Rasina_vallavalitsus, lk 64
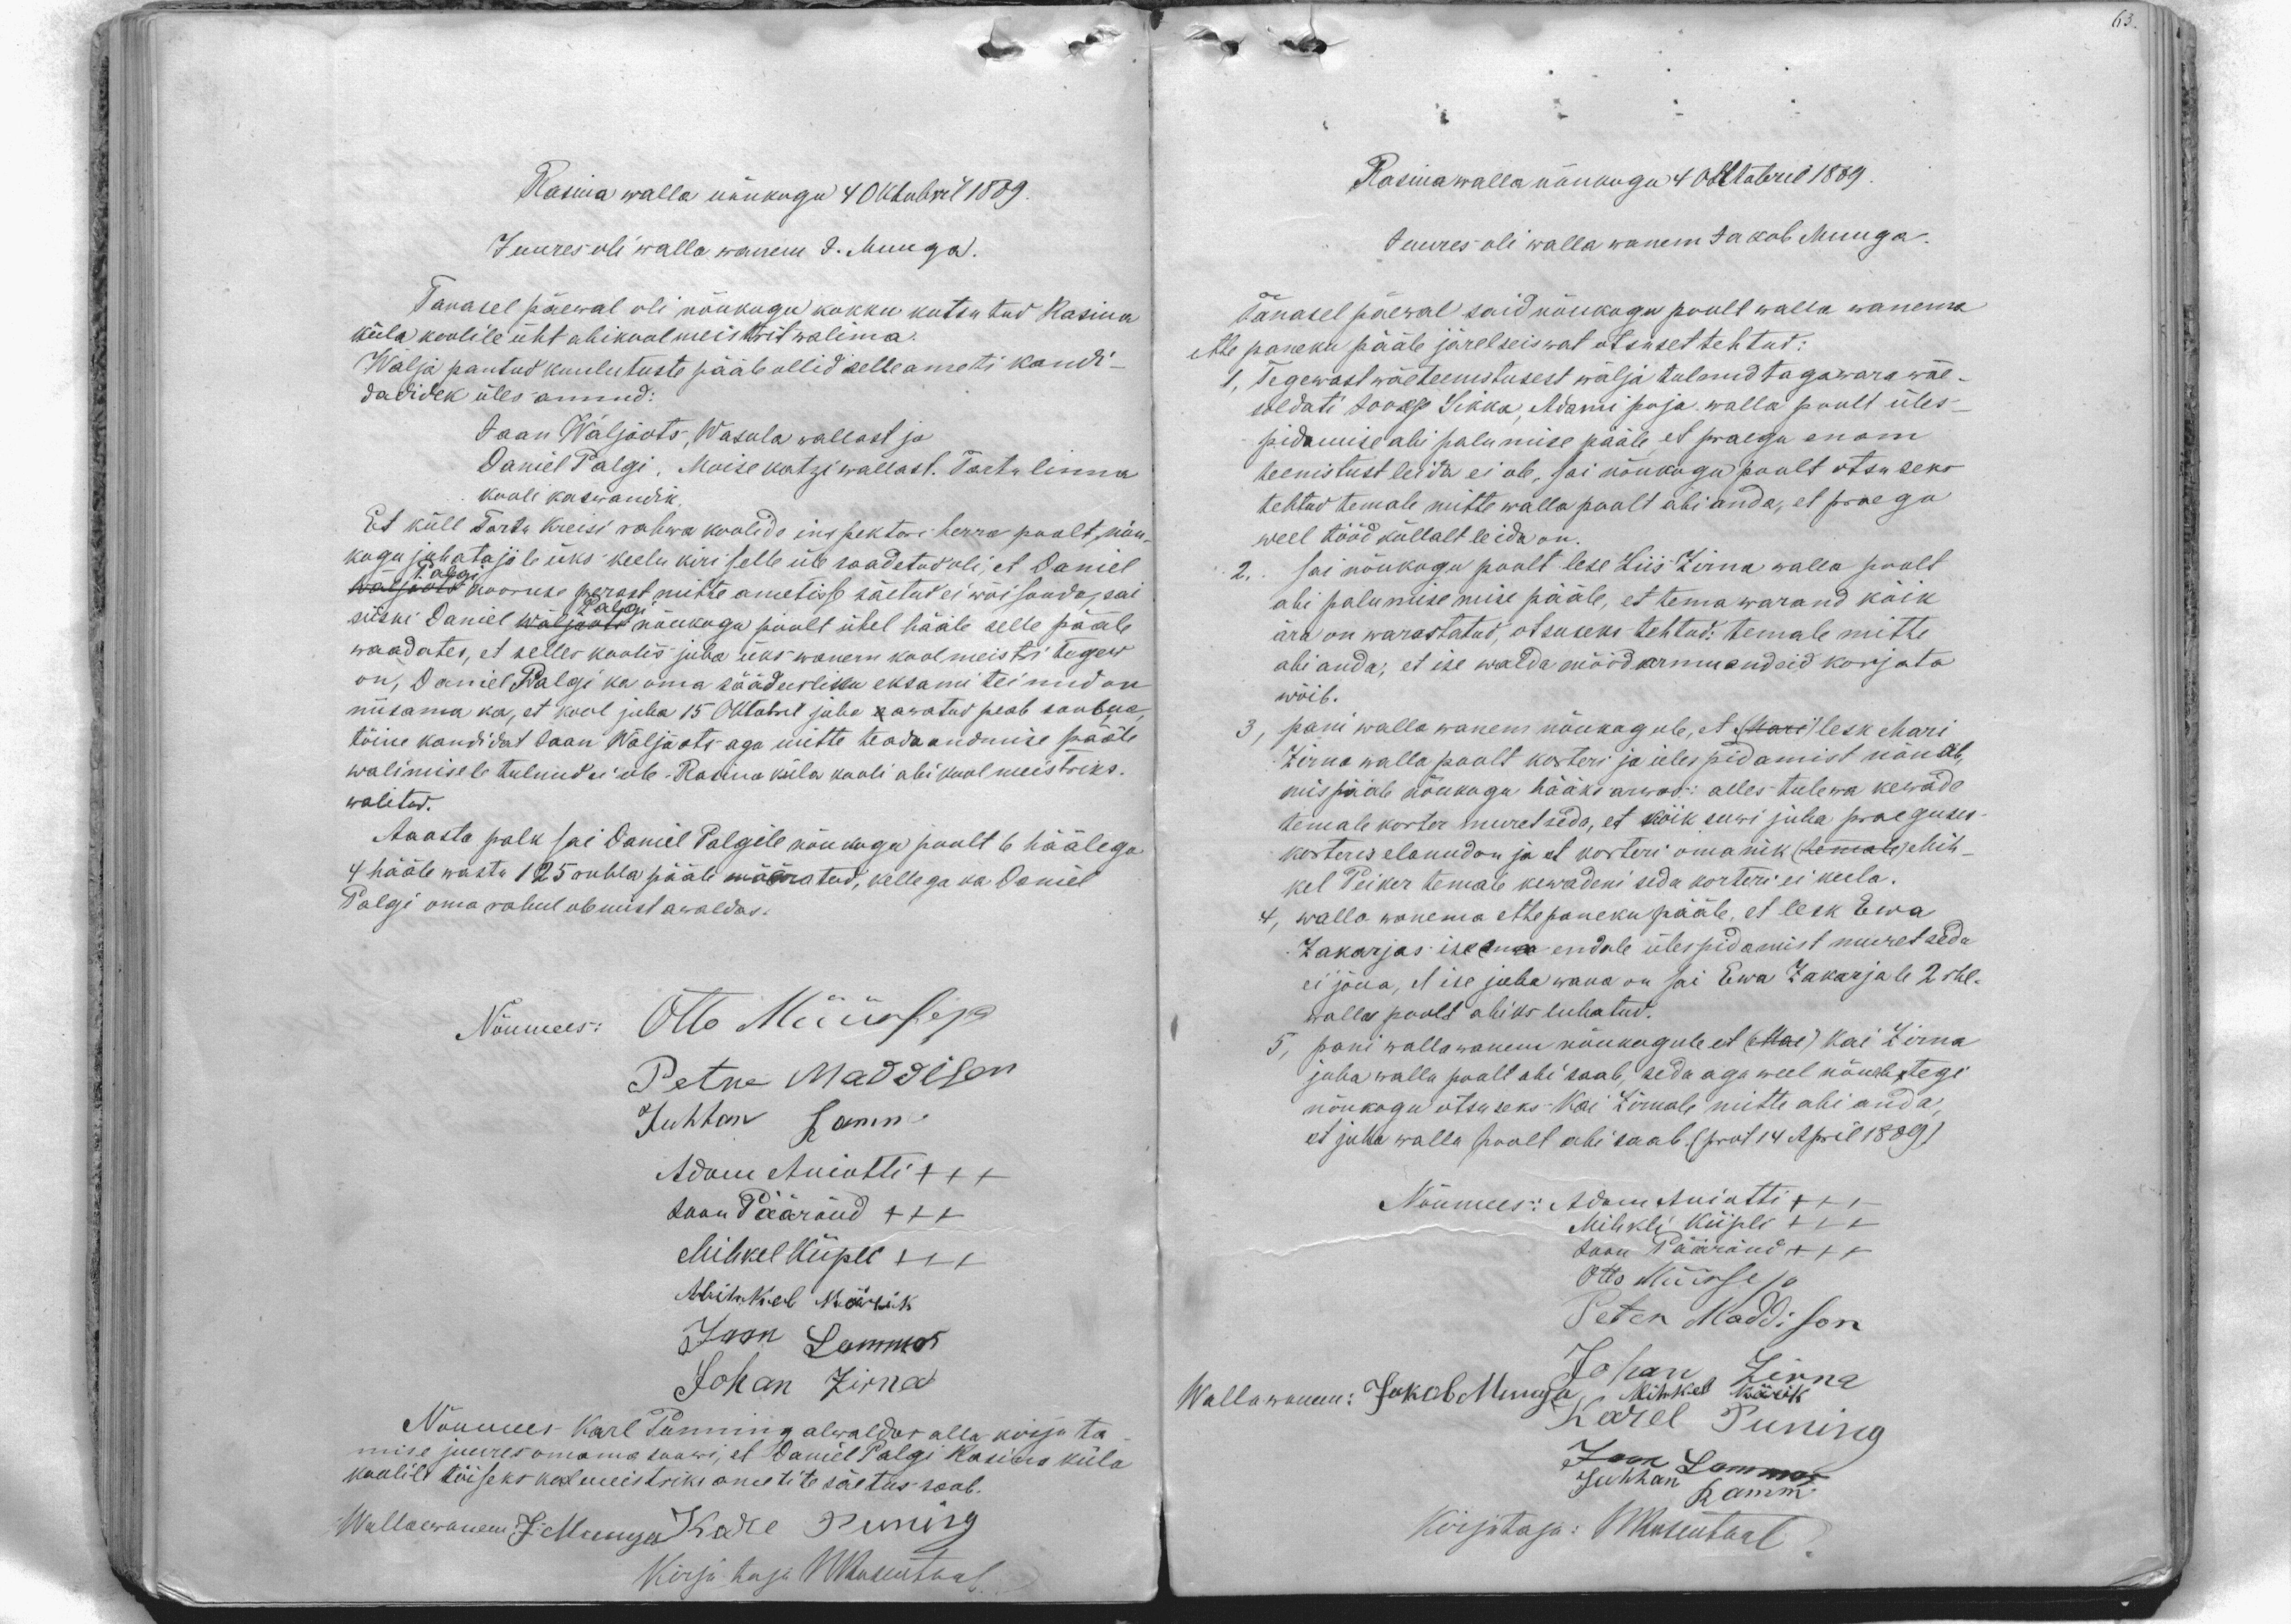
Rasina walla nõukogu 4 Oktobril 1889.
Juures oli walla wanem J. Muuga.
Tanasel päewal oli nõukogu kokku kutsutud Rasina
küla koolile üht abikoolmeistrit walima.
Wälja pantud kuulutuste pääle ollid selle ameti kandi-
dadidek üles annud:
Jaan Wäljaots, Wasula wallast ja
Daniel Palgi. Moisekatzi wallast. Tartu linna
kooli kaswandik.
Et küll Tartu Kreisi rahwa koolide inspektori herra poolt nõu-
kogu juhatajale üks keelu kiri selle üle saadetud oli, et Daniel
Palgi
Wäljaots nooruse perast mitte ametisse wõetud ei wõi saada, sai
Palgi
siiski Daniel Wäljaots nõukuga poolt ühel hääle selle pääle
waadates, et selles koolis juba üks wanem koolmeister tegew
on, Daniel Palgi ka oma säädusliku eksami teinud on
niisama ka, et kool juba 15 Oktobril juba aawatud peab saama
tõine kandidat Jaan Wäljaots aga mitte teadaandmise pääle
walimisele tulnud ei ole. Rasina küla kooli abikoolmeistriks.
walitud.
Aaasta palk sai Daniel Palgile nõukogu poolt 6 häälega
4 hääle wastu 125 rubla pääle määratud, kellega ka Daniel
Palgi oma rahul olemist awaldas.
Nõumees: Otto Müürsep
Petre Maddison
Juhhan Ramm
Adam Aniotti XXX
Jaan Pääränd XXX
Mihkel Kiipli XXX
Mihkel Kärik
Jaan Lammas
Johan Zirna
Nõumees Karl Punning alwaldas allakirjuta
mise juures omama soowi, et Daniel Palgi Rasina küla
koolile tõiseks koolmeistriks ametite säetus saab.
Wallawanem J: Muuga Karl Puning
Kirjutaja WRosentaal

Rasina walla nõukogu 4 Oktobril 1889.
Juures oli walla wanem Jakob Muuga.
Tänasel päewal said nõukogu poolt walla wanema
ette paneku pääle järelseiswat otsuset tehtud:
1, Tegewast wäeteenistusest wälja tulnud tagawara wäe-
soldati Joosep Sikka, Adami poja walla poolt üles-
pidamise abi palumise pääle, et praegu enam
teenistust leida ei ole, sai nõukogu poolt otsuseks
tehtud temale mitte walla poolt abi anda, et praegu
weel tööd küllalt leida on
2, sai nõukogu poolt lese Liis Zirna walla poolt
abi palumise mise pääle, et tema warand kõik
ära on warastatud, otsuseks tehtud: temale mitte
abi anda, et ise walda mööd armuandeid korjata
wõib.
3, pani walla wanem nõukogule, et (Mari) lesk Mari
Zirna walla poolt korteri ja ülespidamist nõuab,
mis pääle nõukogu hääks arwas: alles tulewa kewade
temale korter muretseda, et kõik suwi juba praeguses
korteris elanud on ja et korteri omanik (temale) Mih-
kel Peiker temale kewadeni seda korteri ei keela.
4, walla wanema ettepaneku pääle, et lesk Ewa
Zakarjas ise oma endale ülespidamist muretseda
ei jõua, et ise juba wana on sai Ewa Zakarjale 2 rbl.
walla poolt abiks lubatud.
5, pani wallawanem nõukogule et (Mai) Kai Zirna
juba walla poolt abi saab, seda aga weel nõuab, tegi
nõukogu otsuseks Kai Zirnale mitte abi anda
et juba walla poolt abi saab (prot 14 April 1889)
Nõumees: Adam Aniotti +++
Mihkli Kiipli XXX
Jaan Pääränd XXX
Otto Müürsep
Peter Maddison
Wallawanem: Jakob Muuga
Mihkel Kärik
Johan Zirna
Karel Puning
Jaan Lammas
Juhhan Ramm
Kirjutaja: WRosentaal